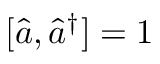
[ \hat { a } , \hat { a } ^ { \dag } ] = 1